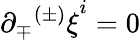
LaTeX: \partial_{\mp}{^{(\pm)}\xi}^{i}=0